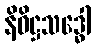
နိဝိဋ္ဌသဒ္ဓေါ